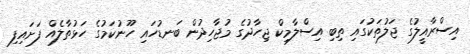
އިސްރާއީލުގެ ޖަލުތަކުގައި ތިބި އިސްލާމިކް ޖިހާދުގެ މުޖާހިދުން ބަނޑުހައި ހޫނުކަމުގެ ހަޅުތާލެއް ފަށައިފި